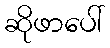
ဆိုဖာပေါ်